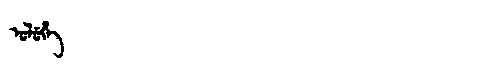
Manchu: ᡠᠯᡠᡥᡝ
Romanization: ULUHE